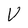
Character: V